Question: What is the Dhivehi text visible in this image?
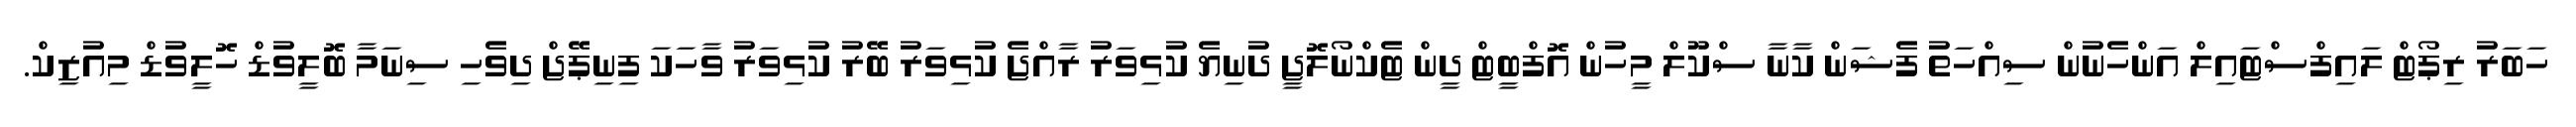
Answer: ހަބަރު ރިޕޯޓް ލައިފްސްޓައިލް އަންހެނުން ސިއްހަތު ފެޝަން ކާނާ ސްކޫލް މީހުން އޮފްބީޓް ދީން ޓެކްނޯލޮޖީ ދުނިޔެ ކުޅިވަރު ރާއްޖެ ކުޅިވަރު ބޭރު ކުޅިވަރު ވާހަކަ ފިނިޕޭޖް ދިވެހި ސިނަމާ ބޮލީވުޑް ހޮލީވުޑް މިއުޒިކް.